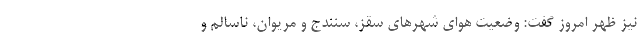
نیز ظهر امروز گفت: وضعیت هوای شهرهای سقز، سنندج و مریوان، ناسالم و